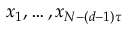
x _ { 1 } , \ldots , x _ { N - ( d - 1 ) \tau }